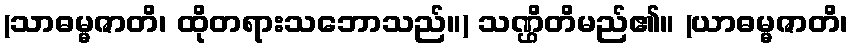
(သာဓမ္မဇာတိ၊ ထိုတရားသဘောသည်။) သဏ္ဌိတိမည်၏။ (ယာဓမ္မဇာတိ၊